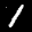
Label: 1